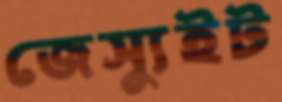
জেস্যুইট